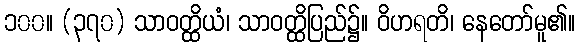
၁၀၀။ (၃၇၀) သာဝတ္ထိယံ၊ သာဝတ္ထိပြည်၌။ ဝိဟရတိ၊ နေတော်မူ၏။